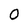
Character: 0